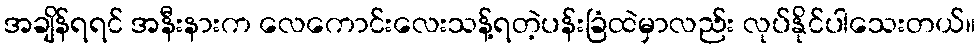
အချိန်ရရင် အနီးနားက လေကောင်းလေးသန့်ရတဲ့ပန်းခြံထဲမှာလည်း လုပ်နိုင်ပါသေးတယ်။